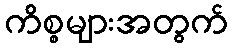
ကိစ္စများအတွက်